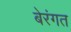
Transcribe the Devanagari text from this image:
बेरंगत